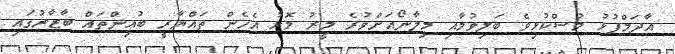
އާދަމްފުޅު މުސްކުޅިވެ ބަލިވުމާއި މިލާނޯއަށްވުރެ މީރު މޮޅު އެހެން ތައްޔާރީ ބުއިންތައް ބާޒާރުގައި